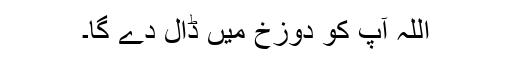
اللہ آپ کو دوزخ میں ڈال دے گا۔